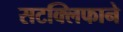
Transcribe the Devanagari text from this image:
सटक्लिफाने